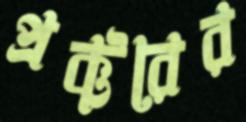
প্রক্টরের